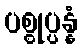
ပစ္စုပ္ပန္နံ